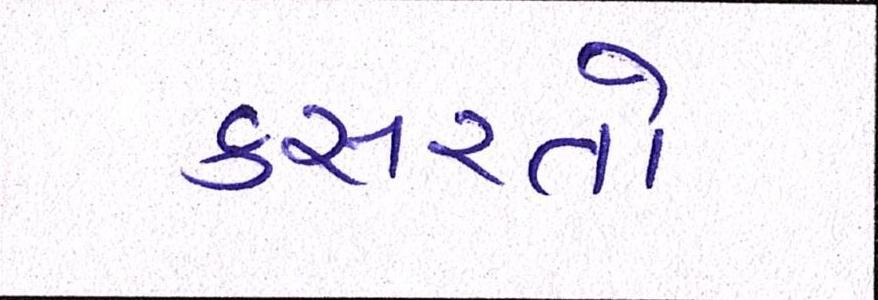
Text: કસરતો